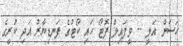
ހަސަން އަލީ -- ވީފައިލް ފޮޓޯ ހައި ކޯޓުގެ ފަނޑިޔާރު އަދި ކުރީގެ